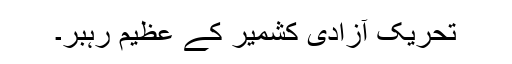
تحریک آزادی کشمیر کے عظیم رہبر۔